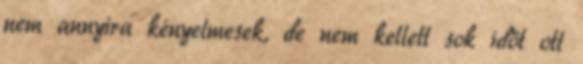
nem annyira kényelmesek, de nem kellett sok időt ott